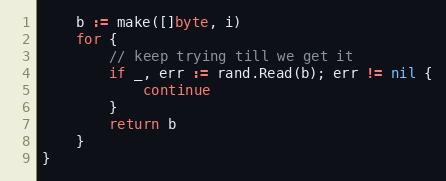
Language: Go
	b := make([]byte, i)
	for {
		// keep trying till we get it
		if _, err := rand.Read(b); err != nil {
			continue
		}
		return b
	}
}